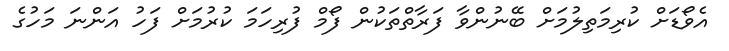
އެވޯޑަށް ކުރިމަތިލުމަށް ބޭނުންވާ ފަރާތްތަކުން ފޯމް ފުރިހަމަ ކުރުމަށް ފަހު އަންނަ މަހުގެ